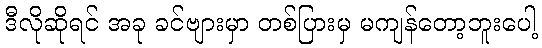
ဒီလိုဆိုရင် အခု ခင်ဗျားမှာ တစ်ပြားမှ မကျန်တော့ဘူးပေါ့